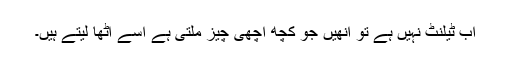
اب ٹیلنٹ نہیں ہے تو انھیں جو کچھ اچھی چیز ملتی ہے اسے اٹھا لیتے ہیں۔